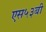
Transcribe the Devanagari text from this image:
एस५३बी